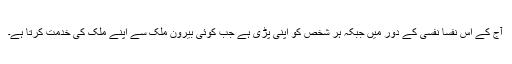
آج کے اس نفسا نفسی کے دور میں جبکہ ہر شخص کو اپنی پڑی ہے جب کوئی بیرون ملک سے اپنے ملک کی خدمت کرتا ہے۔